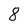
Character: 8